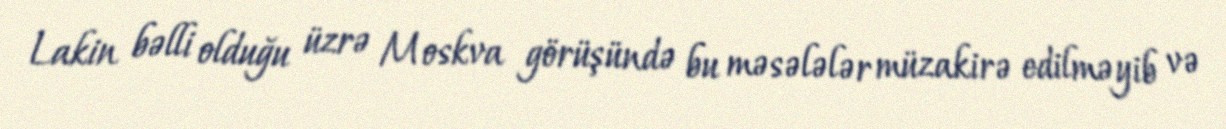
Lakin bəlli olduğu üzrə Moskva görüşündə bu məsələlər müzakirə edilməyib və